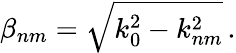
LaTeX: \beta_{nm}=\sqrt{k_{0}^{2}-k_{nm}^{2}}\, .